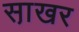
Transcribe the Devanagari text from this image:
सा़खर